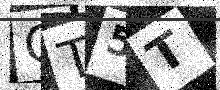
Text: OT5T